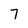
Character: 7